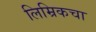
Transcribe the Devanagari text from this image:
लिम्रिकचा